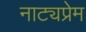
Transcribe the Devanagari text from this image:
नाट्यप्रेम